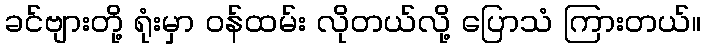
ခင်ဗျားတို့ ရုံးမှာ ဝန်ထမ်း လိုတယ်လို့ ပြောသံ ကြားတယ်။